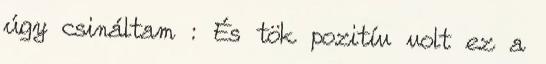
úgy csináltam : És tök pozitív volt ez a